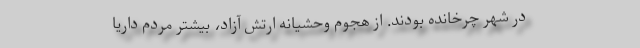
در شهر چرخانده بودند. از هجوم وحشیانه ارتش آزاد، بیشتر مردم داریا